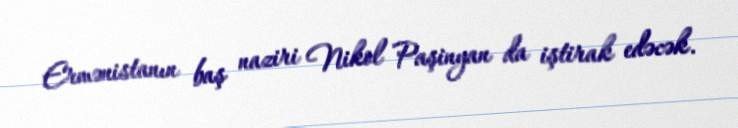
Ermənistanın baş naziri Nikol Paşinyan da iştirak edəcək.